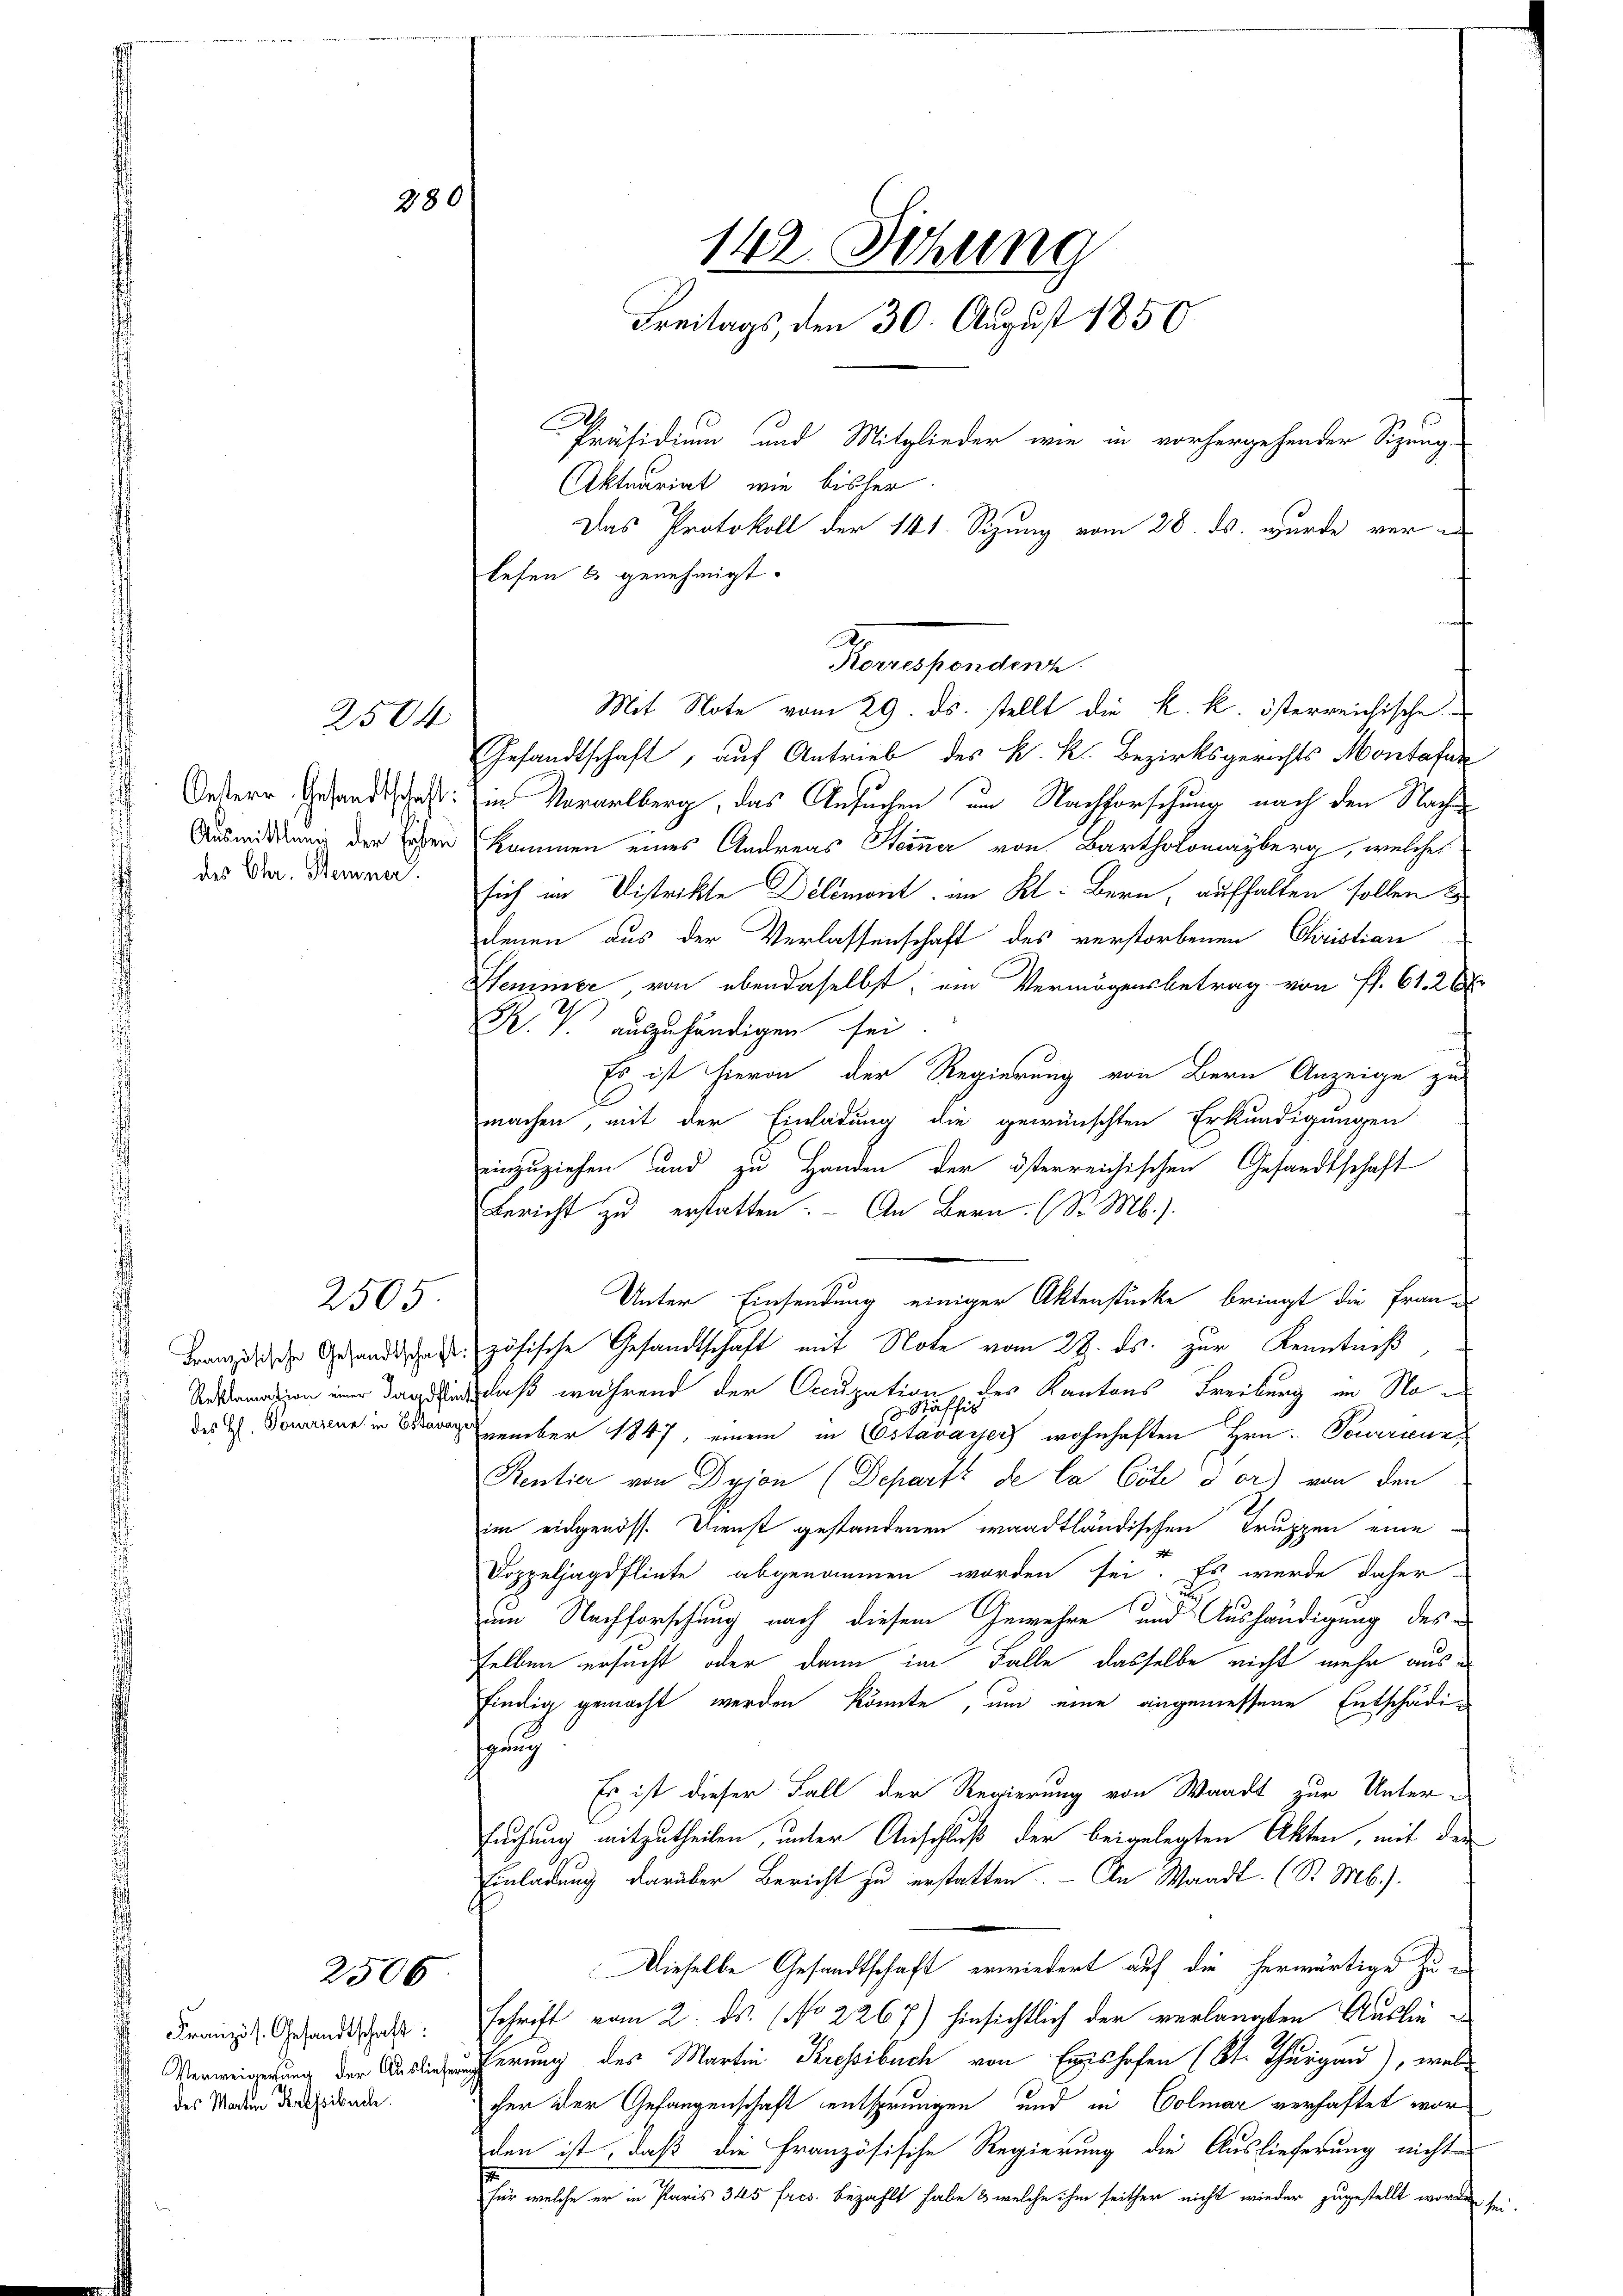
d

28

2504

des Chr. Stemmer.

2505

2506

Französ. Gesandtschaft:
des Marten Pressibuch.

Mit Note vom 29. ds. stellt die k. k. österreichische
Gesandtschaft, auf Antrieb des K. K. Bezirksgerichts Montafer
Oestern Gesandtschaft in Vorarlberg, das Ansuchen um Nachforschung nach den Nach
Ausmittlung der Erben kommen eines Andreas Steiner von Bartholomayberg, welches
sich in Distrikte Delémont, im Kt. Bern, aufhalten sollen?
denen aus der Verlassenschaft des verstorbenen Christian
Semmer, von ebendaselbst, ein Vermögensbetrag von fl. 61. 26
K. V. auszuhändigen sei
Es ist hievon der Regierung von Bern Anzeige zu
machen, mit der Einladung die gewünschten Erkundigungen
einzuziehen und zu Handen der österreichischen Gesandtschaft
Bericht zu erstatten. - An Bern. (S. M.)
Unter Einsendung einiger Aktenstücke bringt die Fraue
Französische Gesandtschanzösische Gesandtschaft mit Note vom 23. ds. zur Kenntniß
Daadischluß während der Occupation des Kantons Freiburg im No¬
1
des H. Dowerzen in zember 1847, einem in Costavayer wohnhaften Hrn. Touranz
Rentia von Dyjon (Departe de la Costi der) von den
im eidgenöss. Dienst gestandenen waadtländischen Truppen eine
Doppeljagdflinte abgenommen worden sei. Es wurde daher
um Nachforschung nach diesem Gewehre und Aushändigung des
selben ersucht, oder dann im Falle dasselbe nicht mehr aus d
findig gemacht werden könnte, um eine angemessene Entschädiseuch
Es ist dieser Fall der Regierung von Waadt zur Unter-
suchung mitzutheilen, unter Anschluß der beigelegten Akten, mit der
Einladung darüber Bericht zu erstatten. - An Waadt. (S. Mb.).
Dieselbe Gesandtschaft erwiedert auf die herwärtige Zuschrift vom 2. ds. (No 2267) hinsichtlich der verlangten Auslieung der erung des Martin Kressibuch von Einshofen (St. Thurgau), welcher der Gefangenschaft entsprungen und in Colmar verhaftet worden ist, daß die Französische Regierung die Auslieferung nicht
für welche er in Paris 345 frcs. bezahlt habe & welche ihm seither nicht wieder zugestellt worden sei.

142. Sitzung
Freitags, den 30. August 1850.
Präsidium und Mitglieder wie in vorhergehender Sizung
Aktuariat, wie bisher.
Das Protokoll der 141. Sizung vom 28. ds. wurde vor e
lesen & genehmigt.

Transtanden